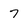
Character: 7